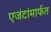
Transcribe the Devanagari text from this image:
एजंटांमार्फत